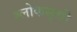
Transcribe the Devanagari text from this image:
श्लोकसूची